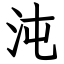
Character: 沌